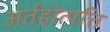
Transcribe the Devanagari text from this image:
अर्तहोत्पत्ति